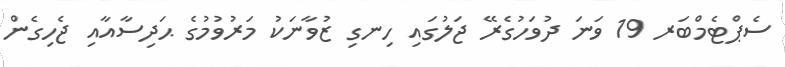
ސެޕްޓެމްބަރ 19 ވަނަ ދުވަހުގެރޭ ޖަލުގައި ހިނގި ޒުވާނަކު މަރުވުމުގެ ޙަދިސާއާއި ޖެހިގެން